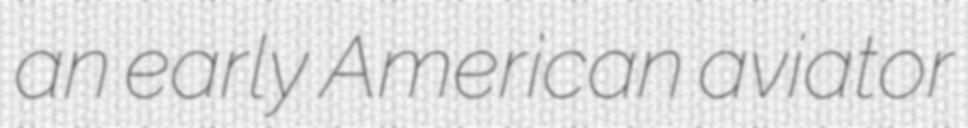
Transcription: an early American aviator